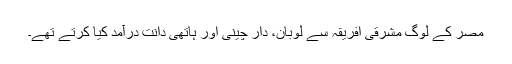
مصر کے لوگ مشرقی افریقہ سے لوبان، دار چینی اور ہاتھی دانت درآمد کیا کرتے تھے۔